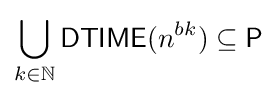
\bigcup _{k\in \mathbb {N} }{\mathsf {DTIME}}(n^{bk})\subseteq {\mathsf {P}}